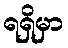
ရရှိမှာ